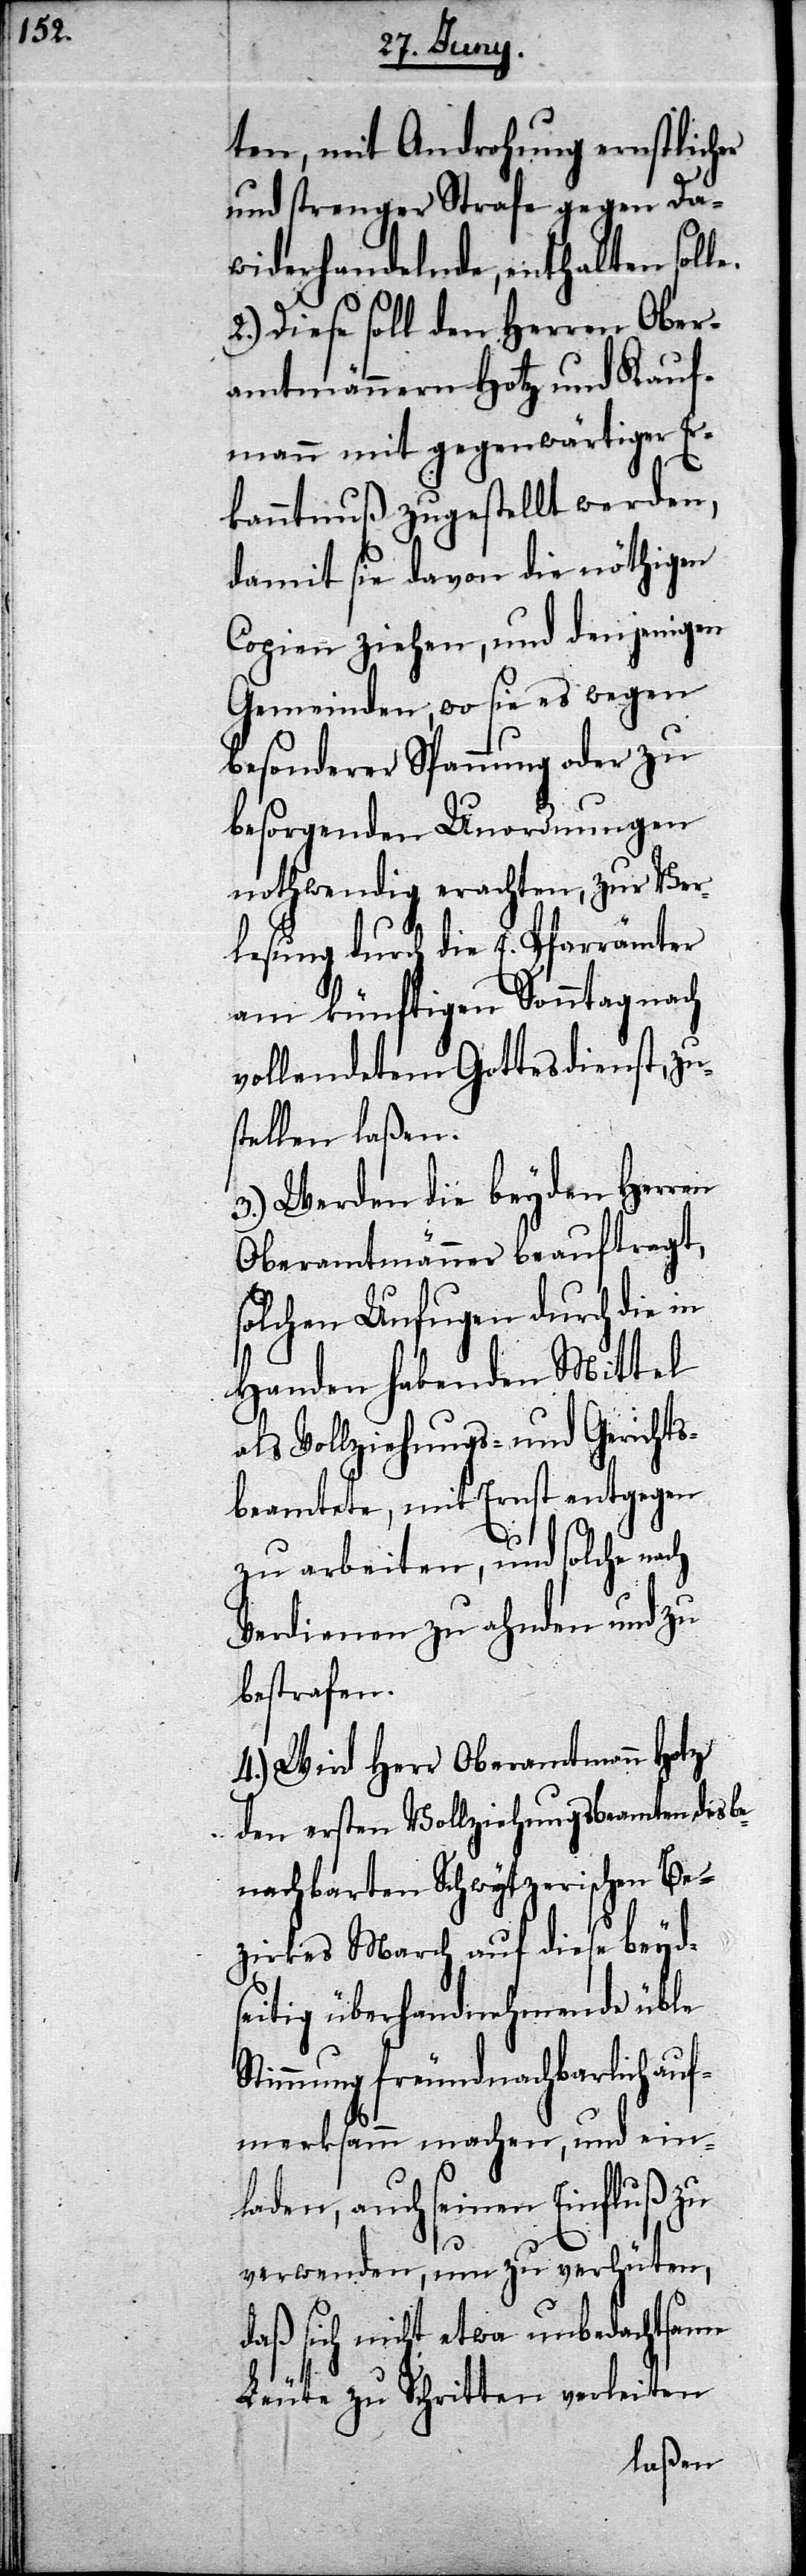
ten, mit Androhung ernstlicher
und strenger Strafe gegen Da¬
widerhandelnde, enthalten sol¬
2.) Diese soll den Herren Ober¬
amtmännern Hotz und Kauf¬
mann mit gegenwärtiger Er¬
kanntnuß zugestellt werden,
damit sie davon die nöthigen
Copien ziehen, und denjenigen
Gemeinden, wo sie es wegen
besonderer Spannung oder zu
besorgenden Unordnungen
nothwendig erachten, zur Ver¬
lesung durch die E. Pfarrämter
am künftigen Sonntag nach
vollendetem Gottesdienst, zus¬
3.) Werden die beyden Herren
Oberamtmänner beauftragt,
solchen Unfugen durch die in
Handen habenden Mittel
als Vollziehungs- und Gerichts¬
beamtete, mit Ernst entgegen
St¬
zu arbeiten, und solche nach
Verdienen zu ahnden und zu
bestrafen.
4.) Wird Herr Oberamtmann Hotz
den ersten Vollziehungsbeamten des b¬
enachbarten Schwytzerischen Be¬
zirkes March auf diese beyds¬
eitig überhandnehmende üble
immung freundnachbarlich au¬
fmerksamm machen, und ein¬
laden, auch seinen Einfluß zu
verwenden, um zu verhüten,
daß sich nicht etwa unbedachtsame
Leute zu Schritten verleiten
laßen.